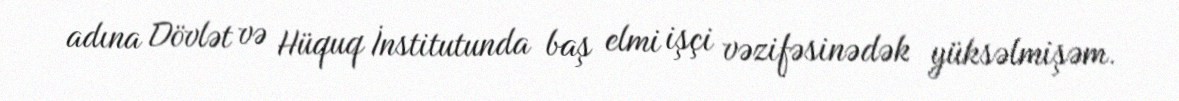
adına Dövlət və Hüquq İnstitutunda baş elmi işçi vəzifəsinədək yüksəlmişəm.